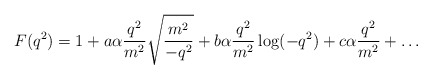
\begin{align*}F(q^2) = 1+ a\alpha {q^2 \over m^2}\sqrt{m^2 \over -q^2} + b\alpha{q^2 \over m^2} \log(-q^2) + c \alpha {q^2 \over m^2} +\ldots\end{align*}